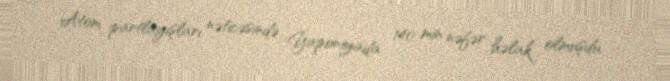
Atom partlayışları nəticəsində Yaponiyada 140 min nəfər həlak olmuşdu.